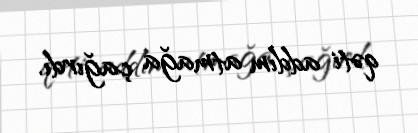
qəti addım atmağa çağırdı.